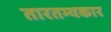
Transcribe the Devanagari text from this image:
तारतम्यकार